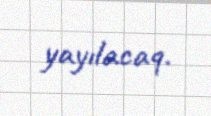
yayılacaq.